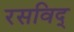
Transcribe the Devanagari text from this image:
रसविद्